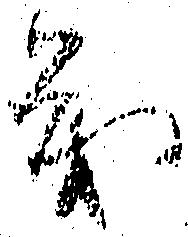
義